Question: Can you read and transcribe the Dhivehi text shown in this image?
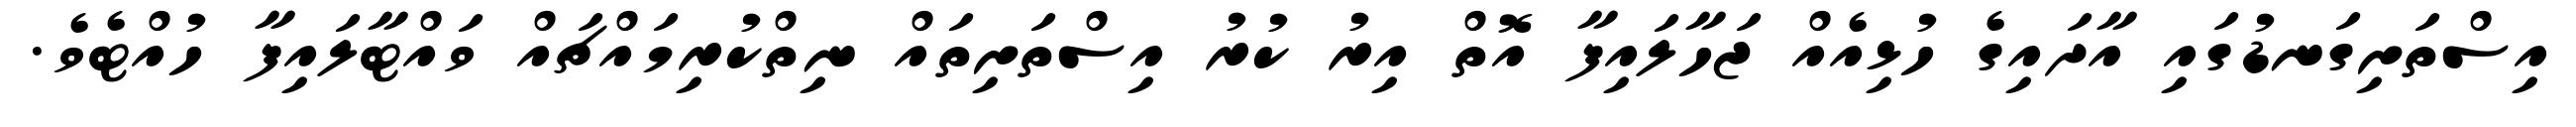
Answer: އިސްތަށިގަނޑުގައި އާދައިގެ ހުޅިއެއް ޖަހާލައިފާ އޮތް އިރު ކުރު އިސްތަށިތައް ނިތްކުރިމައްޗައް ވައްޓާލައިފާ ހުއްޓެވެ.